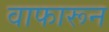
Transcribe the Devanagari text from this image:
वाफारून